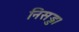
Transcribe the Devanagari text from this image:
निसड्ड।